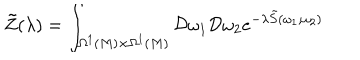
\tilde { Z } ( \lambda ) = \int _ { \Omega ^ { 1 } ( M ) \times \Omega ^ { 1 } ( M ) } { \cal D } \omega _ { 1 } { \cal D } \omega _ { 2 } e ^ { - \lambda \tilde { S } ( \omega _ { 1 } , \omega _ { 2 } ) }